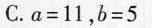
C.a=11，b=5